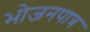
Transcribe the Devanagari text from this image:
भोजनपात्र